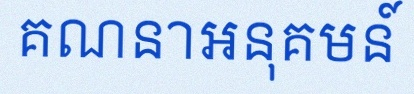
គណនាអនុគមន៍